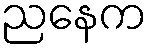
ညနေက